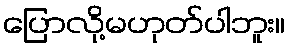
ပြောလို့မဟုတ်ပါဘူး။